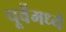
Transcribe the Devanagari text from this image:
पूर्वेमध्ये